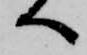
へ